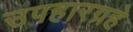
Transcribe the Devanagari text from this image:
उपहारग्रहे